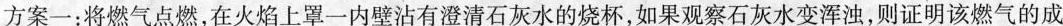
方案一：将燃气点燃，在火焰上罩一内壁沾有澄清石灰水的烧杯，如果观察石灰水变浑浊，则证明该燃气的成